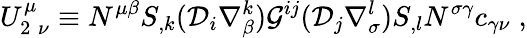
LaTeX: U_{2\; \nu}^{\mu}\equiv N^{\mu\beta}S_{,k}({\cal D}_{i}\nabla_{\beta}^{k}){\cal G}^{ij}({\cal D}_{j}\nabla_{\sigma}^{l})S_{,l}N^{\sigma\gamma}c_{\gamma\nu}\; ,